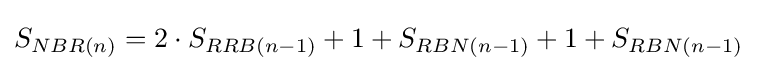
S_{NBR(n)}=2\cdot S_{RRB(n-1)}+1+S_{RBN(n-1)}+1+S_{RBN(n-1)}